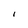
Character: I